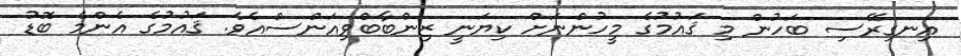
އިނގިރޭސި ބަހުން މި ޤައުމުގެ މީހުންނަށް ކިޔަނީ ޒިންބާބްވިއަންސްއެވެ. ޤައުމުގެ އެންމެ ބޮޑު